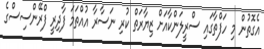
އެގޮތުން މި ހަފްތާގައި ސްރީލަންކާއަށް ޒިޔާރަތް ކުރި ނަސާރާ އުއްތަމަ ފާދިރީ ފްރޭންސިސްގެ